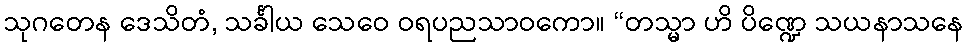
သုဂတေန ဒေသိတံ, သင်္ခါယ သေဝေ ဝရပညသာဝကော။ “တသ္မာ ဟိ ပိဏ္ဍေ သယနာသနေ